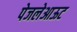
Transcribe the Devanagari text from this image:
पेजलेआऊट